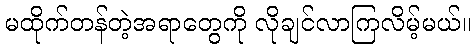
မထိုက်တန်တဲ့အရာတွေကို လိုချင်လာကြလိမ့်မယ်။